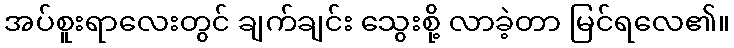
အပ်စူးရာလေးတွင် ချက်ချင်း သွေးစို့ လာခဲ့တာ မြင်ရလေ၏။